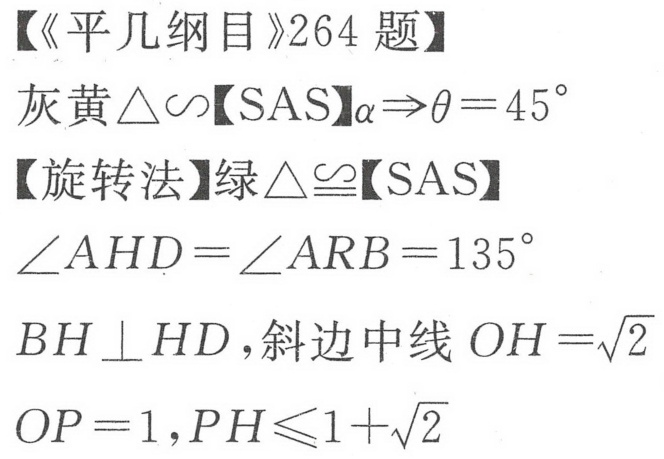
【《平几纲目》264题】
灰黄\(\triangle\sim\)【SAS】\(\alpha\Rightarrow\theta = 45^{\circ}\)
【旋转法】绿\(\triangle\cong\)【SAS】
\(\angle AHD=\angle ARB = 135^{\circ}\)
\(BH\perp HD\)，斜边中线 \(OH=\sqrt{2}\)
\(OP = 1\)，\(PH\leqslant1+\sqrt{2}\)